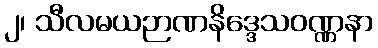
၂၊ သီလမယဉာဏနိဒ္ဒေသဝဏ္ဏနာ